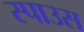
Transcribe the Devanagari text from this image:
स्पाउस